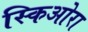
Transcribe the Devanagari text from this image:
स्किओरा